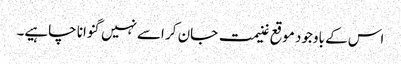
اس کے باوجود موقع غنیمت جان کر اسےنہیں گنوانا چاہیے۔